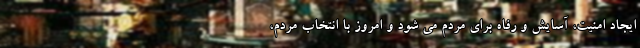
ایجاد امنیت، آسایش و رفاه برای مردم می شود و امروز با انتخاب مردم،